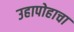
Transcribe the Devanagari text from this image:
उहापोहाचा